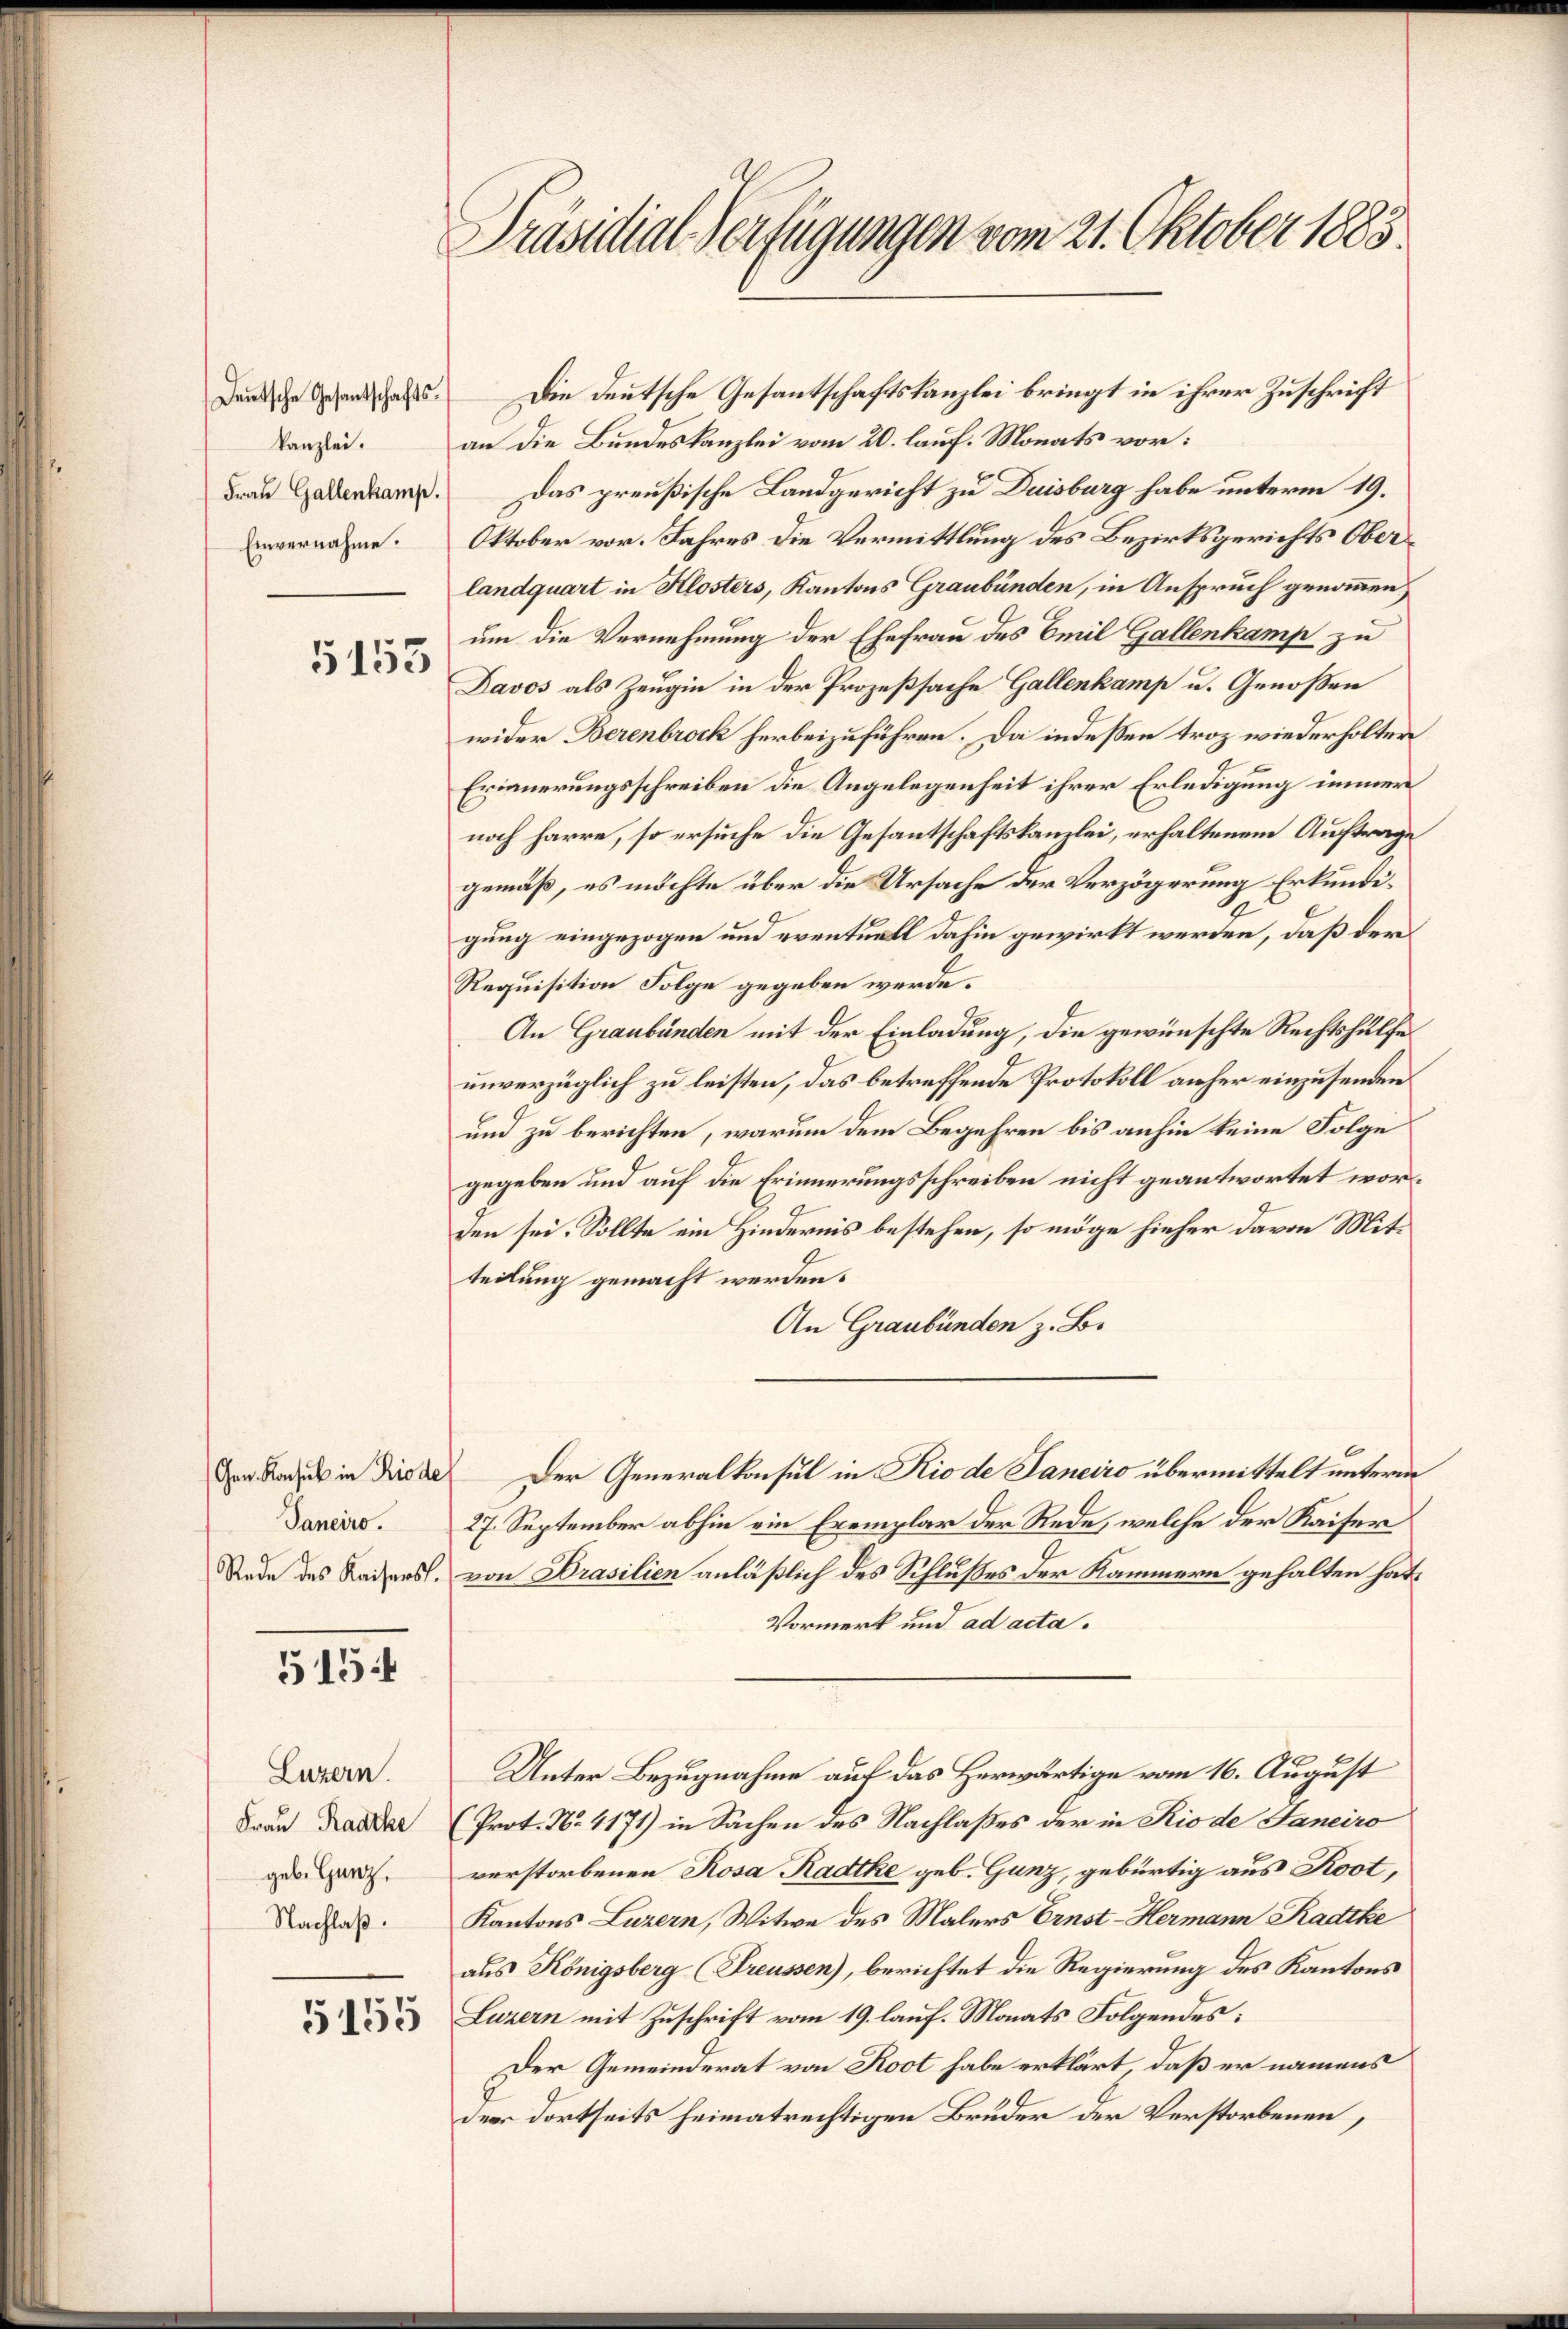
Deutsche Gesantschaftskanzlei.
Frau Gallenkamp.
Einvernahme.

5153

Gen. Konsul in Riode
Janeiro.
Rede des Kaisers.

515

Luzern.
Frau Raathe
geb. Ganz,
Nachlaß.
5155

Präsidial-Verfügungen vom 21. Oktober 1885.

Die Deutsche Gesantschaftskanzlei bringt in ihrer Zuschrift
an die Bundeskanzlei vom 20. lauf. Monats vor:
Das preußische Landgericht zu Duisburg habe unterm 19.
Oktober vor. Jahres die Vermittlung des Bezirksgerichts Oberlandquart in Klosters, Kantons Graubünden, in Anspruch genommen,
um die Vernehmung der Ehefrau des Emil Gallenkamp zu
Davos als Zeugin in der Prozeßsache Gallenkamp u. Genoßen
wider Berenbrock herbeizuführen. Da indessen troz wiederholter
Erinnerungsschreiben die Angelegenheit ihrer Erledigung immer
noch harre, so ersuche die Gesantschaftskanzlei, erhaltenem Auftrage
gemäß, es möchte über die Ursache der Verzögerung Erkundigung eingezogen und eventuell dahin gewirkt werden, daß der
Requisition Folge gegeben werde.
An Graubünden mit der Einladung, die gewünschte Rechtshülfe
unverzüglich zu leisten, das betreffende Protokoll anher einzusenden
und zu berichten, warum dem Begehren bis anhin keine Folge
gegeben und auf die Erinnerungsschreiben nicht geantwortet worden sei. Sollte ein Hindernis bestehen, so möge hieher davon Mittedlung gemacht werden.
An Graubünden z. B.
Der Generalkonsul in Rio de Janeiro übermittelt unterm
27. September abhin ein Exemplar der Rede, welche der Kaiser
von Brasilien anläßlich des Schlußes der Kammern gehalten hat,
Vormerk und ad acta.
Unter Bezugnahme auf das Herwärtige vom 16. August
(Prot. No. 4171) in Sachen des Nachlaßes der in Rio de Janeiro
verstorbenen Rosa Radtke geb. Gunz, gebürtig aus Koot,
Kantons Luzern, Witwe des Malers Ernst-Hermann Radike
aus Königsberg (Treussen), berichtet die Regierung des Kantons
Luzern mit Zuschrift vom 19. lauf. Monats Folgendes:
Der Gemeinderat von Root habe erklärt, daß er namens
der dortseits heimatrechtigen Bruder der Verstorbenen,